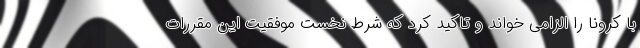
با کرونا را الزامی خواند و تاکید کرد که شرط نخست موفقیت این مقررات